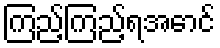
ကြည့်ကြည့်ရအောင်